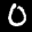
Label: 0